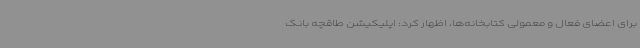
برای اعضای فعال و معمولی کتابخانه‌ها، اظهار کرد: اپلیکیشن طاقچه ‌بانک